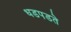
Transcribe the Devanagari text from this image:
धडपडते